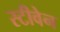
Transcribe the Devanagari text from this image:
स्‍टीवेन